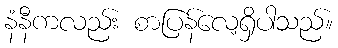
နံနီကလည်း စာပြန်လေ့ရှိပါသည်။